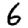
Digit: 6